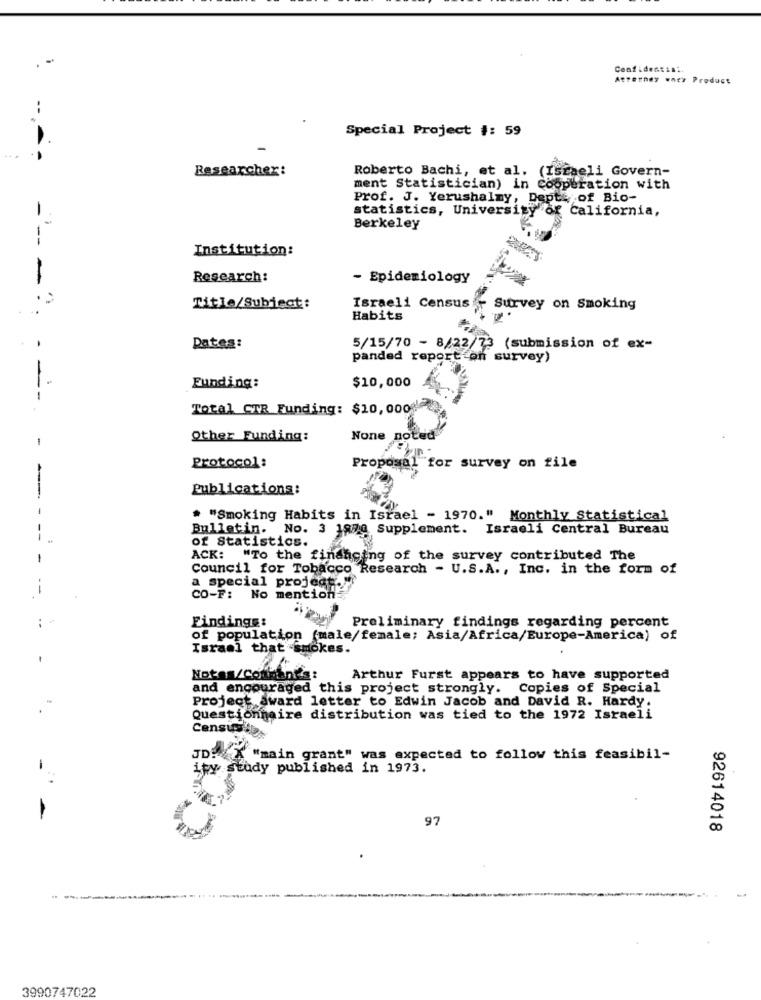
Confidentia:
Atterney whey Product
Special Project #: 59
Researcher:
Roberto Bachi, et al.
(Israeli Govern-
ment Statistician) in Cooperation with
Prof. J. Yerushalmy, Dept. of Bio-
statistics, University of California,
Berkeley
---
Institution:
Research:
- Epidemiology
Title/Subject:
Israeli Census
Survey on Smoking
Habits
Dates:
5/15/70 - 8/22/73 (submission of ex-
panded report on survey)
- -
$10,000
Funding:
Total CTR Funding: $10, 0008
Other Funding:
None note
Protocol:
Proposal for survey on file
Publications:
* "Smoking Habits in Israel - 1970." Monthly Statistical
Bulletin. No. 3 1950 Supplement. Israeli Central Bureau
of Statistics.
ACK: "To the financing of the survey contributed The
Council for Tobacco Research - U.S.A ., Inc. in the form of
a special project."
CO-F: No mention
Findings:
Preliminary findings regarding percent
of population (male/female; Asia/Africa/Europe-America) of
Israel that -smokes.
Notas/cofmind's:
Arthur Furst appears to have supported
and encouraged this project strongly. Copies of Special
Project award letter to Edwin Jacob and David R. Hardy.
Questionnaire distribution was tied to the 1972 Israeli
Censusips
JD: X "main grant" was expected to follow this feasibil-
ipy study published in 1973.
97
92614018
----
3990747022